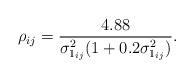
LaTeX: \begin{align*}\rho_{ij} = \frac{4.88}{\sigma_{1_{ij}}^2(1+0.2\sigma_{1_{ij}}^2)}.\end{align*}